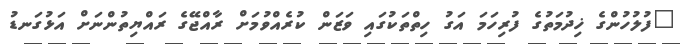
"ފުލުހުންގެ ޚިދުމަތުގެ ފުރިހަމަ އަގު ހިތްތަކުގައި ވަޒަން ކުރެއްވުމަށް ރާއްޖޭގެ ރައްޔިތުންނަށް އަޅުގަނޑު